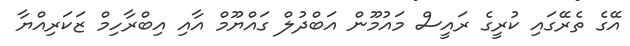
އޭގެ ތެރޭގައި ކުރީގެ ރައީސް މައުމޫން އަބްދުލް ގައްޔޫމް އާއި އިބްރާހިމް ޒަކަރިއްޔާ